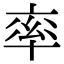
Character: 率